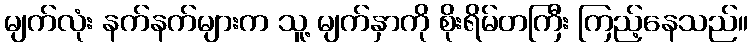
မျက်လုံး နက်နက်များက သူ့ မျက်နှာကို စိုးရိမ်တကြီး ကြည့်နေသည်။